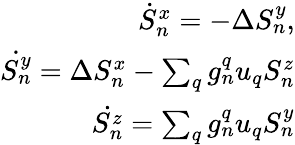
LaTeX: \begin{array}{r}{\dot{S}_{n}^{x}=-\Delta S_{n}^{y},}\\ {\dot{S_{n}^{y}}=\Delta S_{n}^{x}-\sum_{q}g_{n}^{q}u_{q}S_{n}^{z}}\\ {\dot{S_{n}^{z}}=\sum_{q}g_{n}^{q}u_{q}S_{n}^{y}}\end{array}